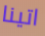
اتينا